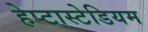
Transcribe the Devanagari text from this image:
हेप्टास्टेडियम